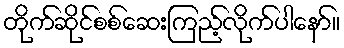
တိုက်ဆိုင်စစ်ဆေးကြည့်လိုက်ပါနော်။